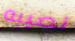
نصيبه